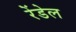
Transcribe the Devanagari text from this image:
रेंडेल